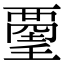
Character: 𧟿